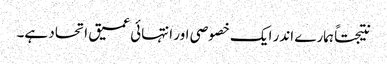
نتیجتاً ہمارے اندر ایک خصوصی اور انتہائی عمیق اتحاد ہے۔